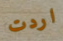
اردت